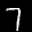
Label: 7